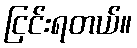
ငြင်းရတယ်။